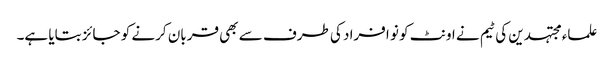
علماء مجتہدین کی ٹیم نے اونٹ کو نو افراد کی طرف سے بھی قربان کرنے کو جائز بتایا ہے۔